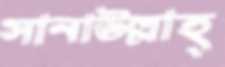
সানাউল্লাহ্